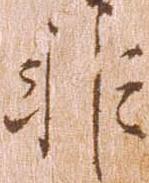
非